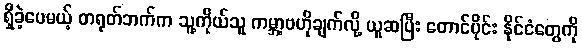
ရှိခဲ့ပေမယ့် တရုတ်ဘက်က သူ့ကိုယ်သူ ကမ္ဘာ့ဗဟိုချက်လို့ ယူဆပြီး တောင်ပိုင်း နိုင်ငံတွေကို